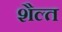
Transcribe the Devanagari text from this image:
शैल्त